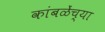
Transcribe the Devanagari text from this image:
कांबळेंच्या